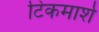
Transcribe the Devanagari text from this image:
टिकमार्श